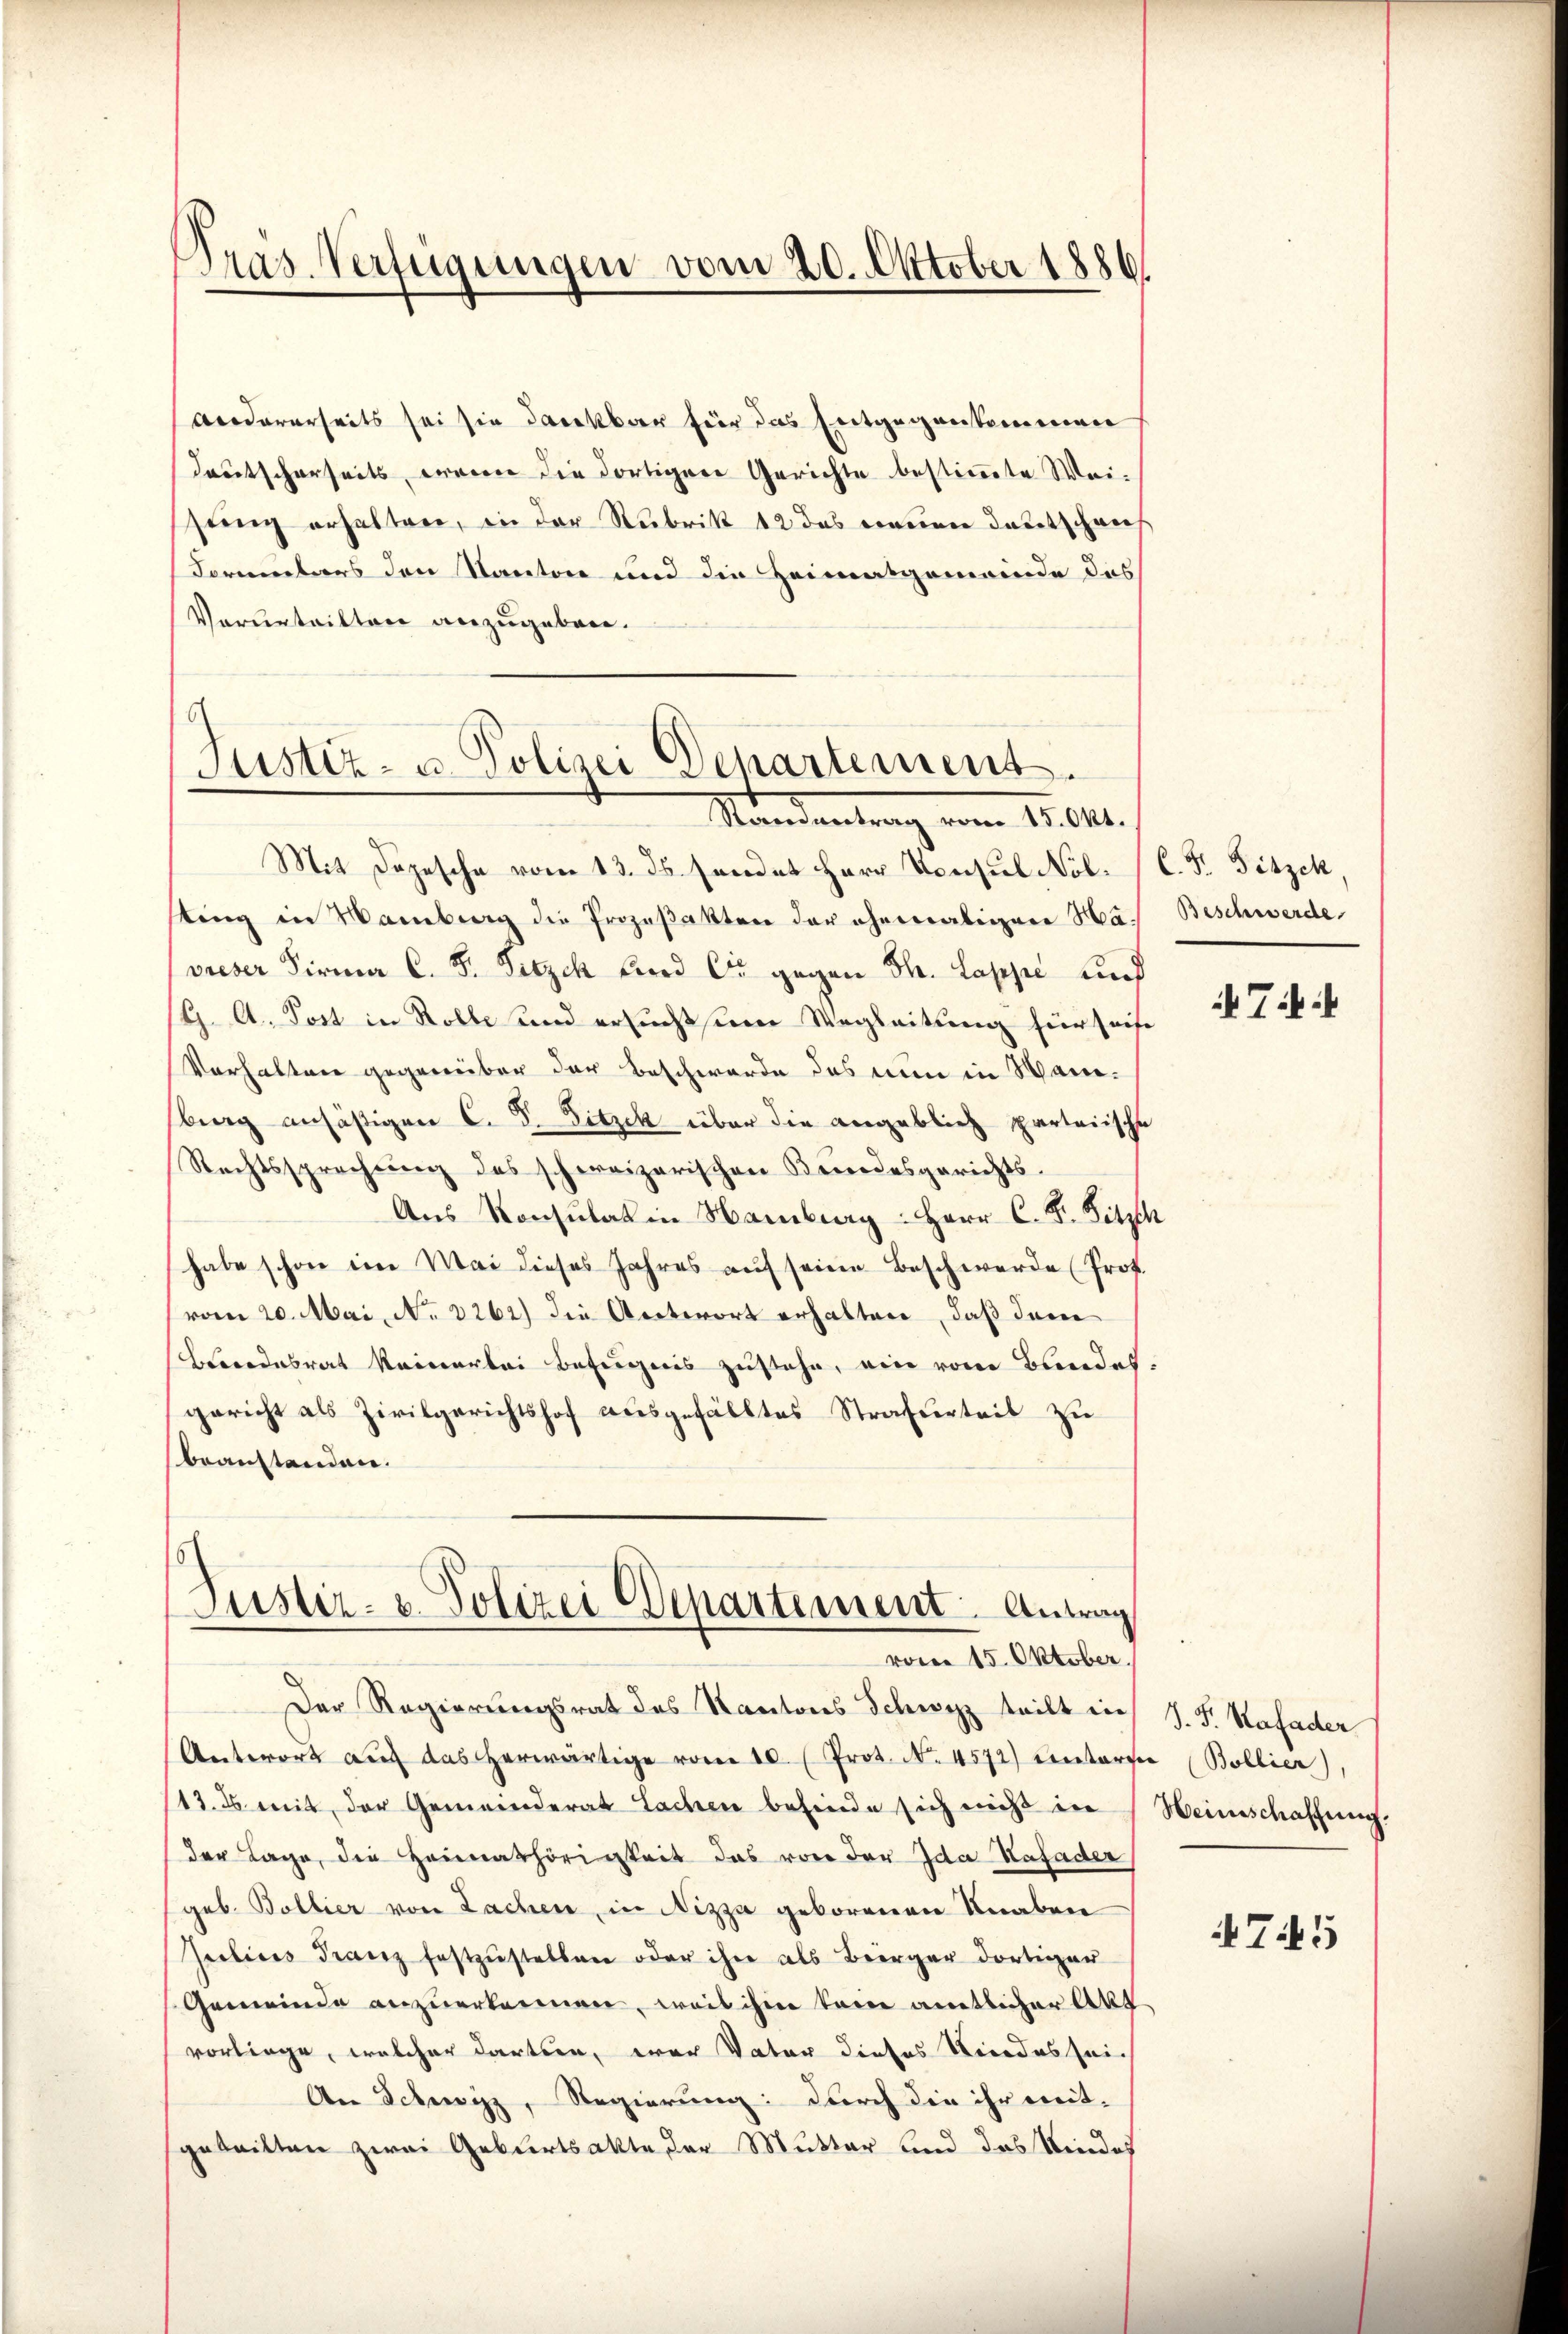
Tras Verfügungen vom 20. Oktober 1886

Andererseits sei sie dankbar für das Entgegenkommen
deutscherseits, wenn die dortigere Gerichte bestimmte Weistung erhalten, in der Rubrik 12 das neuen Teutschaus
Formentars den Kanton und die Heimatgemeinde des
Verurteilten anzugeben.

Justiz- u. Polizei Departement
Standentrag vom 15. Okt.

Mit Depesche vom 13. ds. sendet Herr Konsul Nol. C. F. Fitzek,
sting in Waiberg die Prozeßakten der ehemaligen Havieser Firma C. F. Sitzch und die gegen Th. Lappe und
G. A. Post in Rolle und ersuchtsem Wegleitung hier seise
Vorhalten gegenüber der Beschwerde das nun in Wanberg ansäßigen C. S. Fitzck über die angeblich parteiische
Rechtssprechung des schweizerischen Kundesgerichts-
Aus Konsulatin Hamburg: Herr C. F. Sitzth
habe schon ein Mai dieses Jahres auf seine Beschwerde (Prof.
vom 20. Mai, No 3262) die Antwort erhalten, daß dem
Bundesrat keinerlei Befugnis zustehe, ein vom Bundes
gericht als Zivilgerichtshof ausgefälltes Strafurteit zu
beanstanden.

Justiz- u. Polizei Departement. Antrag
vom 15. Oktober.

Der Regierungsrat des Kantons Schwyz teilt in J. F. Stafader
Antwort aŭf das herwärtige vom 10. (Prot. No. 4572) einterte (Bollier),
13. ds. mit der Gemeinderat Lachen befinde sich nicht in Heinschaffung
der Lage, die Heimathörigkeit das von der Ida Kafader
geb. Bollier von Lachen, in Nizza geborenen Knaben
Julius Franz festzustellen oder ihre als Bürger dortiger
Gemeinde anzuerkennen, weil ihm keine amtlicher Akt.
vorliege, welcher darten, war Vater dieses Niedes sei¬
An Schwyz, Regierung: durch die ihr mit-
gebritten zwei Geburtsakte der Mutter und das Kinders

Beschwerde

4 Tit.

745